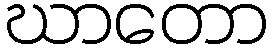
ဃာတော